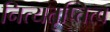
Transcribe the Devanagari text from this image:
नित्यतृप्तित्व